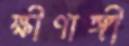
ক্ষীণাঙ্গী